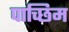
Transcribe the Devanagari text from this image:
पाच्छिम